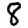
Digit: 8